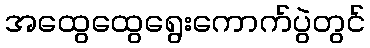
အထွေထွေရွေးကောက်ပွဲတွင်